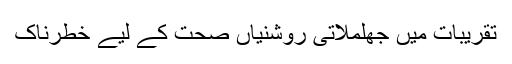
تقریبات میں جھلملاتی روشنیاں صحت کے لیے خطرناک